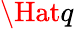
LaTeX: \Hat{q}